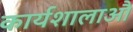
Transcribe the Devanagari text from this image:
कार्यशालाऔ